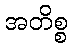
အတိစ္စ